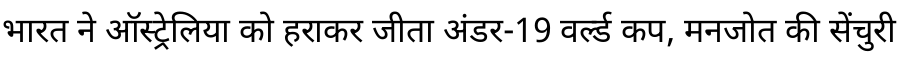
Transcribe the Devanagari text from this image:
भारत ने ऑस्ट्रेलिया को हराकर जीता अंडर-19 वर्ल्ड कप, मनजोत की सेंचुरी